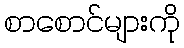
စာစောင်များကို